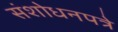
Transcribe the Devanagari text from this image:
संशोधनपत्रे